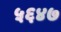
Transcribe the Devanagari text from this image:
५६४७